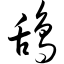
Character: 鸹